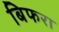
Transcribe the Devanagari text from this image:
बिफरा